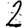
Digit: 2